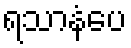
ရသာနံပေ